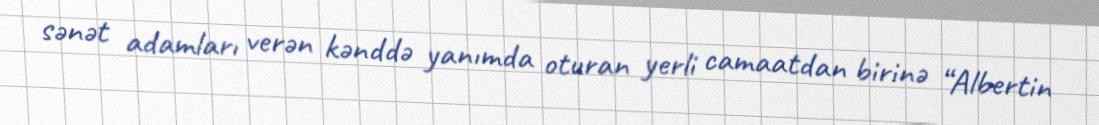
sənət adamları verən kənddə yanımda oturan yerli camaatdan birinə “Albertin